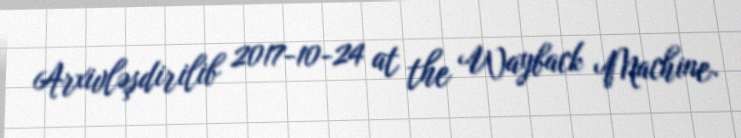
Arxivləşdirilib 2017-10-24 at the Wayback Machine.